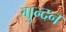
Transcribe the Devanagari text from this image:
गुन्दन